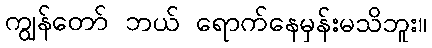
ကျွန်တော် ဘယ် ရောက်နေမှန်းမသိဘူး။